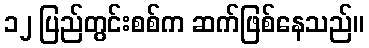
၁၂ ပြည်တွင်းစစ်က ဆက်ဖြစ်နေသည်။